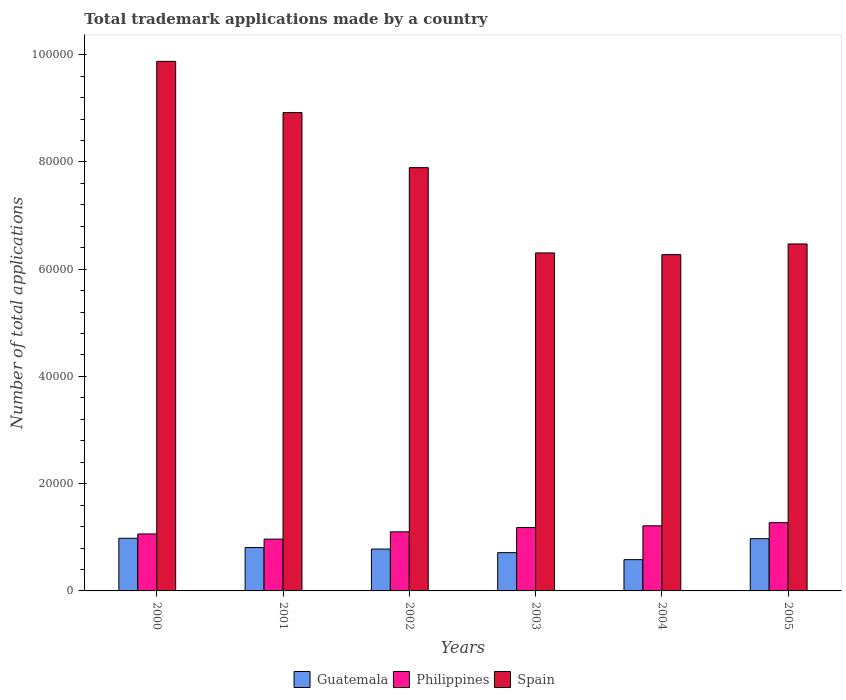
| Years | Guatemala | Philippines | Spain |
 | --- | --- | --- | --- |
 | 2000 | 9.82e+03 | 1.06e+04 | 9.88e+04 |
 | 2001 | 8.09e+03 | 9.66e+03 | 8.92e+04 |
 | 2002 | 7.81e+03 | 1.1e+04 | 7.89e+04 |
 | 2003 | 7.14e+03 | 1.18e+04 | 6.3e+04 |
 | 2004 | 5.83e+03 | 1.21e+04 | 6.27e+04 |
 | 2005 | 9.74e+03 | 1.27e+04 | 6.47e+04 |